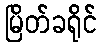
မြိတ်ခရိုင်